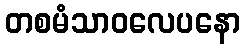
တစမံသာဝလေပနော